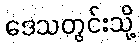
ဒေသတွင်းသို့